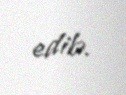
edib.